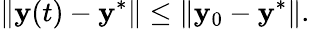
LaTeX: \| \mathbf{y}(t)-\mathbf{y}^{*}\| \leq\| \mathbf{y}_{0}-\mathbf{y}^{*}\| .